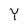
Character: Y